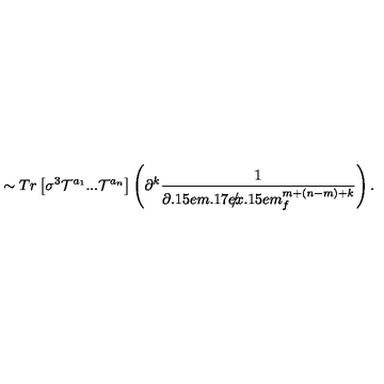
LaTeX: \sim T r \left[ \sigma ^ { 3 } { \cal T } ^ { a _ { 1 } } . . . { \cal T } ^ { a _ { n } } \right] \left( \partial ^ { k } \frac { 1 } { { { \partial \kern - 0 . 1 5 e m \raise 0 . 1 7 e x \llap { / } \kern 0 . 1 5 e m \relax } } _ { f } ^ { m + ( n - m ) + k } } \right) .